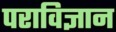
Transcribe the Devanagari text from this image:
पराविज्ञान